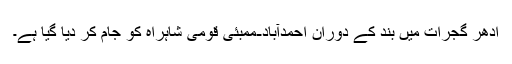
ادھر گجرات میں بند کے دوران احمدآباد-ممبئی قومی شاہراہ کو جام کر دیا گیا ہے۔